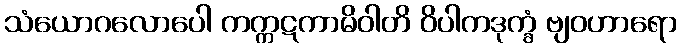
သံယောဂလောပေါ ကက္ကဋကာမိဝါတိ ဝိပါကဒုက္ခံ ဗျဝဟာရော